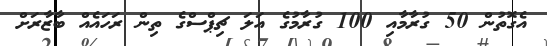
އެގޮތުން 50 ގުރާމާއި 100 ގުރާމުގެ އަލަ ޗިޕްސްގެ ތިން ރަހައެއް ބާޒާރަށް